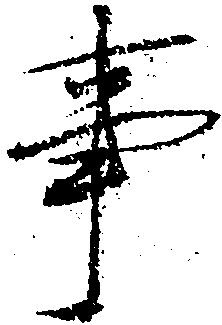
事